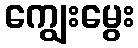
ကျွေးမွေး